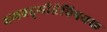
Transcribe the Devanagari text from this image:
भगवद्‌गीतेविषयक